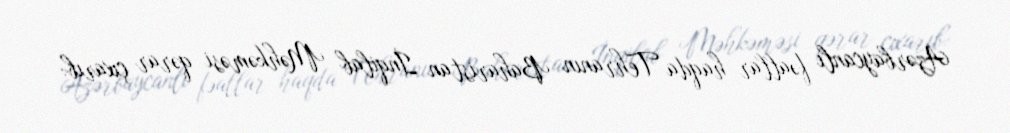
Azərbaycanlı fəallar haqda Tehranın Baharistan İnqilab Məhkəməsi qərar çıxarıb: